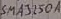
Text: SMA3250A